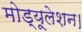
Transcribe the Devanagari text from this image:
मोड्यूलेशन।